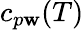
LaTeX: c_{p\mathbf{w}}(T)